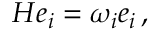
H e _ { i } = \omega _ { i } e _ { i } \, ,